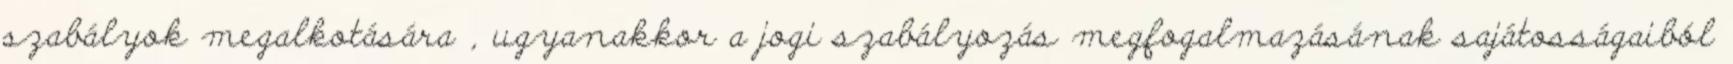
szabályok megalkotására , ugyanakkor a jogi szabályozás megfogalmazásának sajátosságaiból